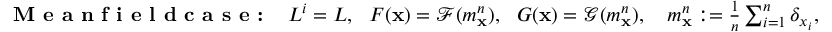
\begin{array} { r } { \textbf { M e a n f i e l d c a s e : } \ \ L ^ { i } = L , \ \ F ( \mathbf { x } ) = \mathcal { F } ( m _ { \mathbf { x } } ^ { n } ) , \ \ G ( \mathbf { x } ) = \mathcal { G } ( m _ { \mathbf { x } } ^ { n } ) , \quad m _ { \mathbf { x } } ^ { n } : = \frac { 1 } { n } \sum _ { i = 1 } ^ { n } \delta _ { x _ { i } } , } \end{array}